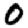
Digit: 0